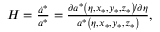
\begin{array} { r } { H = \frac { \dot { a } ^ { \ast } } { a ^ { \ast } } = \frac { \partial a ^ { \ast } \left( \eta , x _ { \ast } , y _ { \ast } , z _ { \ast } \right) \! / \partial \eta } { a ^ { \ast } \left( \eta , x _ { \ast } , y _ { \ast } , z _ { \ast } \right) } , } \end{array}